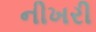
નીખરી